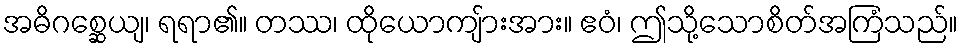
အဓိဂစ္ဆေယျ၊ ရရာ၏။ တဿ၊ ထိုယောကျ်ားအား။ ဧဝံ၊ ဤသို့သောစိတ်အကြံသည်။